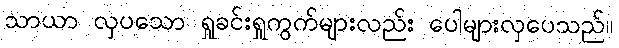
သာယာ လှပသော ရှုခင်းရှုကွက်များလည်း ပေါများလှပေသည်။